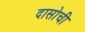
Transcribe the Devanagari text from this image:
दासोची